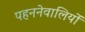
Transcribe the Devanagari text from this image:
पहननेवालियों